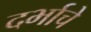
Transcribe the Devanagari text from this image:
दर्भाचे